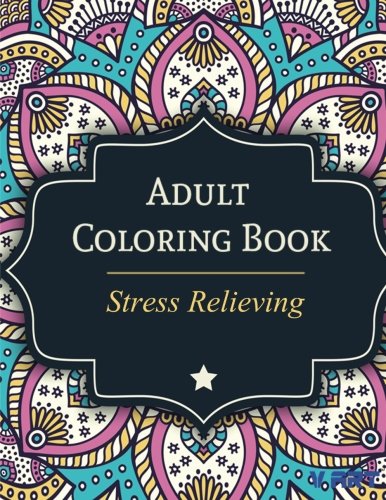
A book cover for Adult Coloring Book: Stress Relieving; V Art; Arts & Photography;